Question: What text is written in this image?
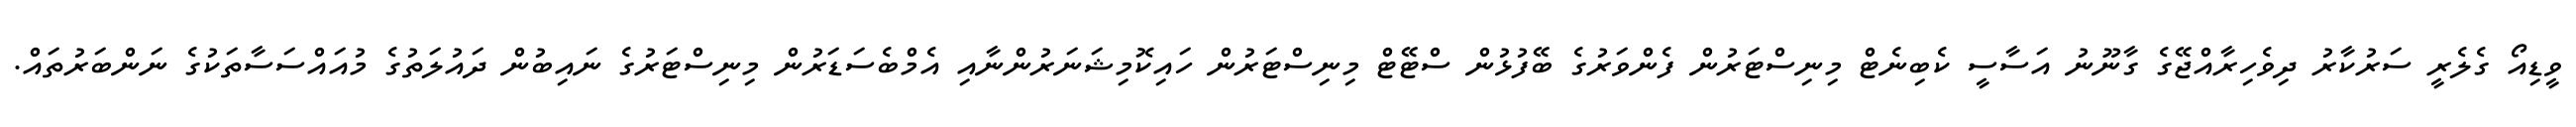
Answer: ވީޑިއޯ ގެލެރީ ސަރުކާރު ދިވެހިރާއްޖޭގެ ގާނޫނު އަސާސީ ކެބިނެޓް މިނިސްޓަރުން ފެންވަރުގެ ބޭފުޅުން ސްޓޭޓް މިނިސްޓަރުން ހައިކޮމިޝަނަރުންނާއި އެމްބެސަޑަރުން މިނިސްޓަރުގެ ނައިބުން ދައުލަތުގެ މުއައްސަސާތަކުގެ ނަންބަރުތައް.